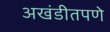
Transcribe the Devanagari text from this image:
अखंडीतपणे